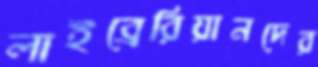
লাইব্রেরিয়ানদের